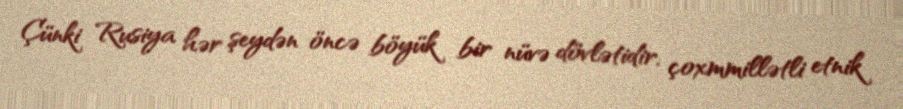
Çünki Rusiya hər şeydən öncə böyük bir nüvə dövlətidir, çoxmmillətli etnik